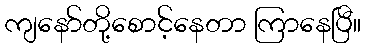
ကျနော်တို့စောင့်နေတာ ကြာနေပြီ။